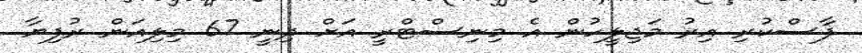
ފާސްކުރި އިރު މަޖިލީހުން އެ މިނިސްޓްރީ އަށް ދިނީ 67 މިލިއަން ރުފިޔާ